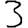
Digit: 3